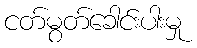
ငတ်မွတ်ခေါင်းပါးမှု